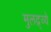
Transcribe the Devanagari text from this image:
मुलद्र्व्ये